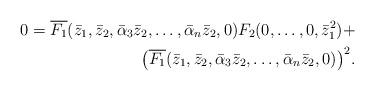
LaTeX: \begin{align*}0 =\overline{F_1}(\bar{z}_1,\bar{z}_2,\bar{\alpha}_3\bar{z}_2,\ldots,\bar{\alpha}_n\bar{z}_2,0)F_2(0,\ldots,0,\bar{z}_1^2) + \\{\bigl( \overline{F_1}(\bar{z}_1,\bar{z}_2,\bar{\alpha}_3\bar{z}_2,\ldots,\bar{\alpha}_n\bar{z}_2,0) \bigr)}^2 .\end{align*}